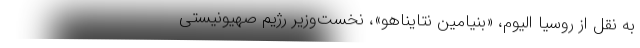
به نقل از روسیا الیوم، «بنیامین نتایناهو»، نخست‌وزیر رژیم صهیونیستی